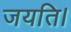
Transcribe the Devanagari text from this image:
जयति।